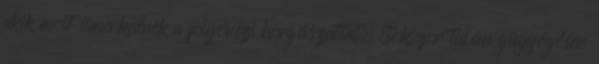
akik most ismerkednek a folyóvízi horgászattal. Sokszor talán gügyögősen